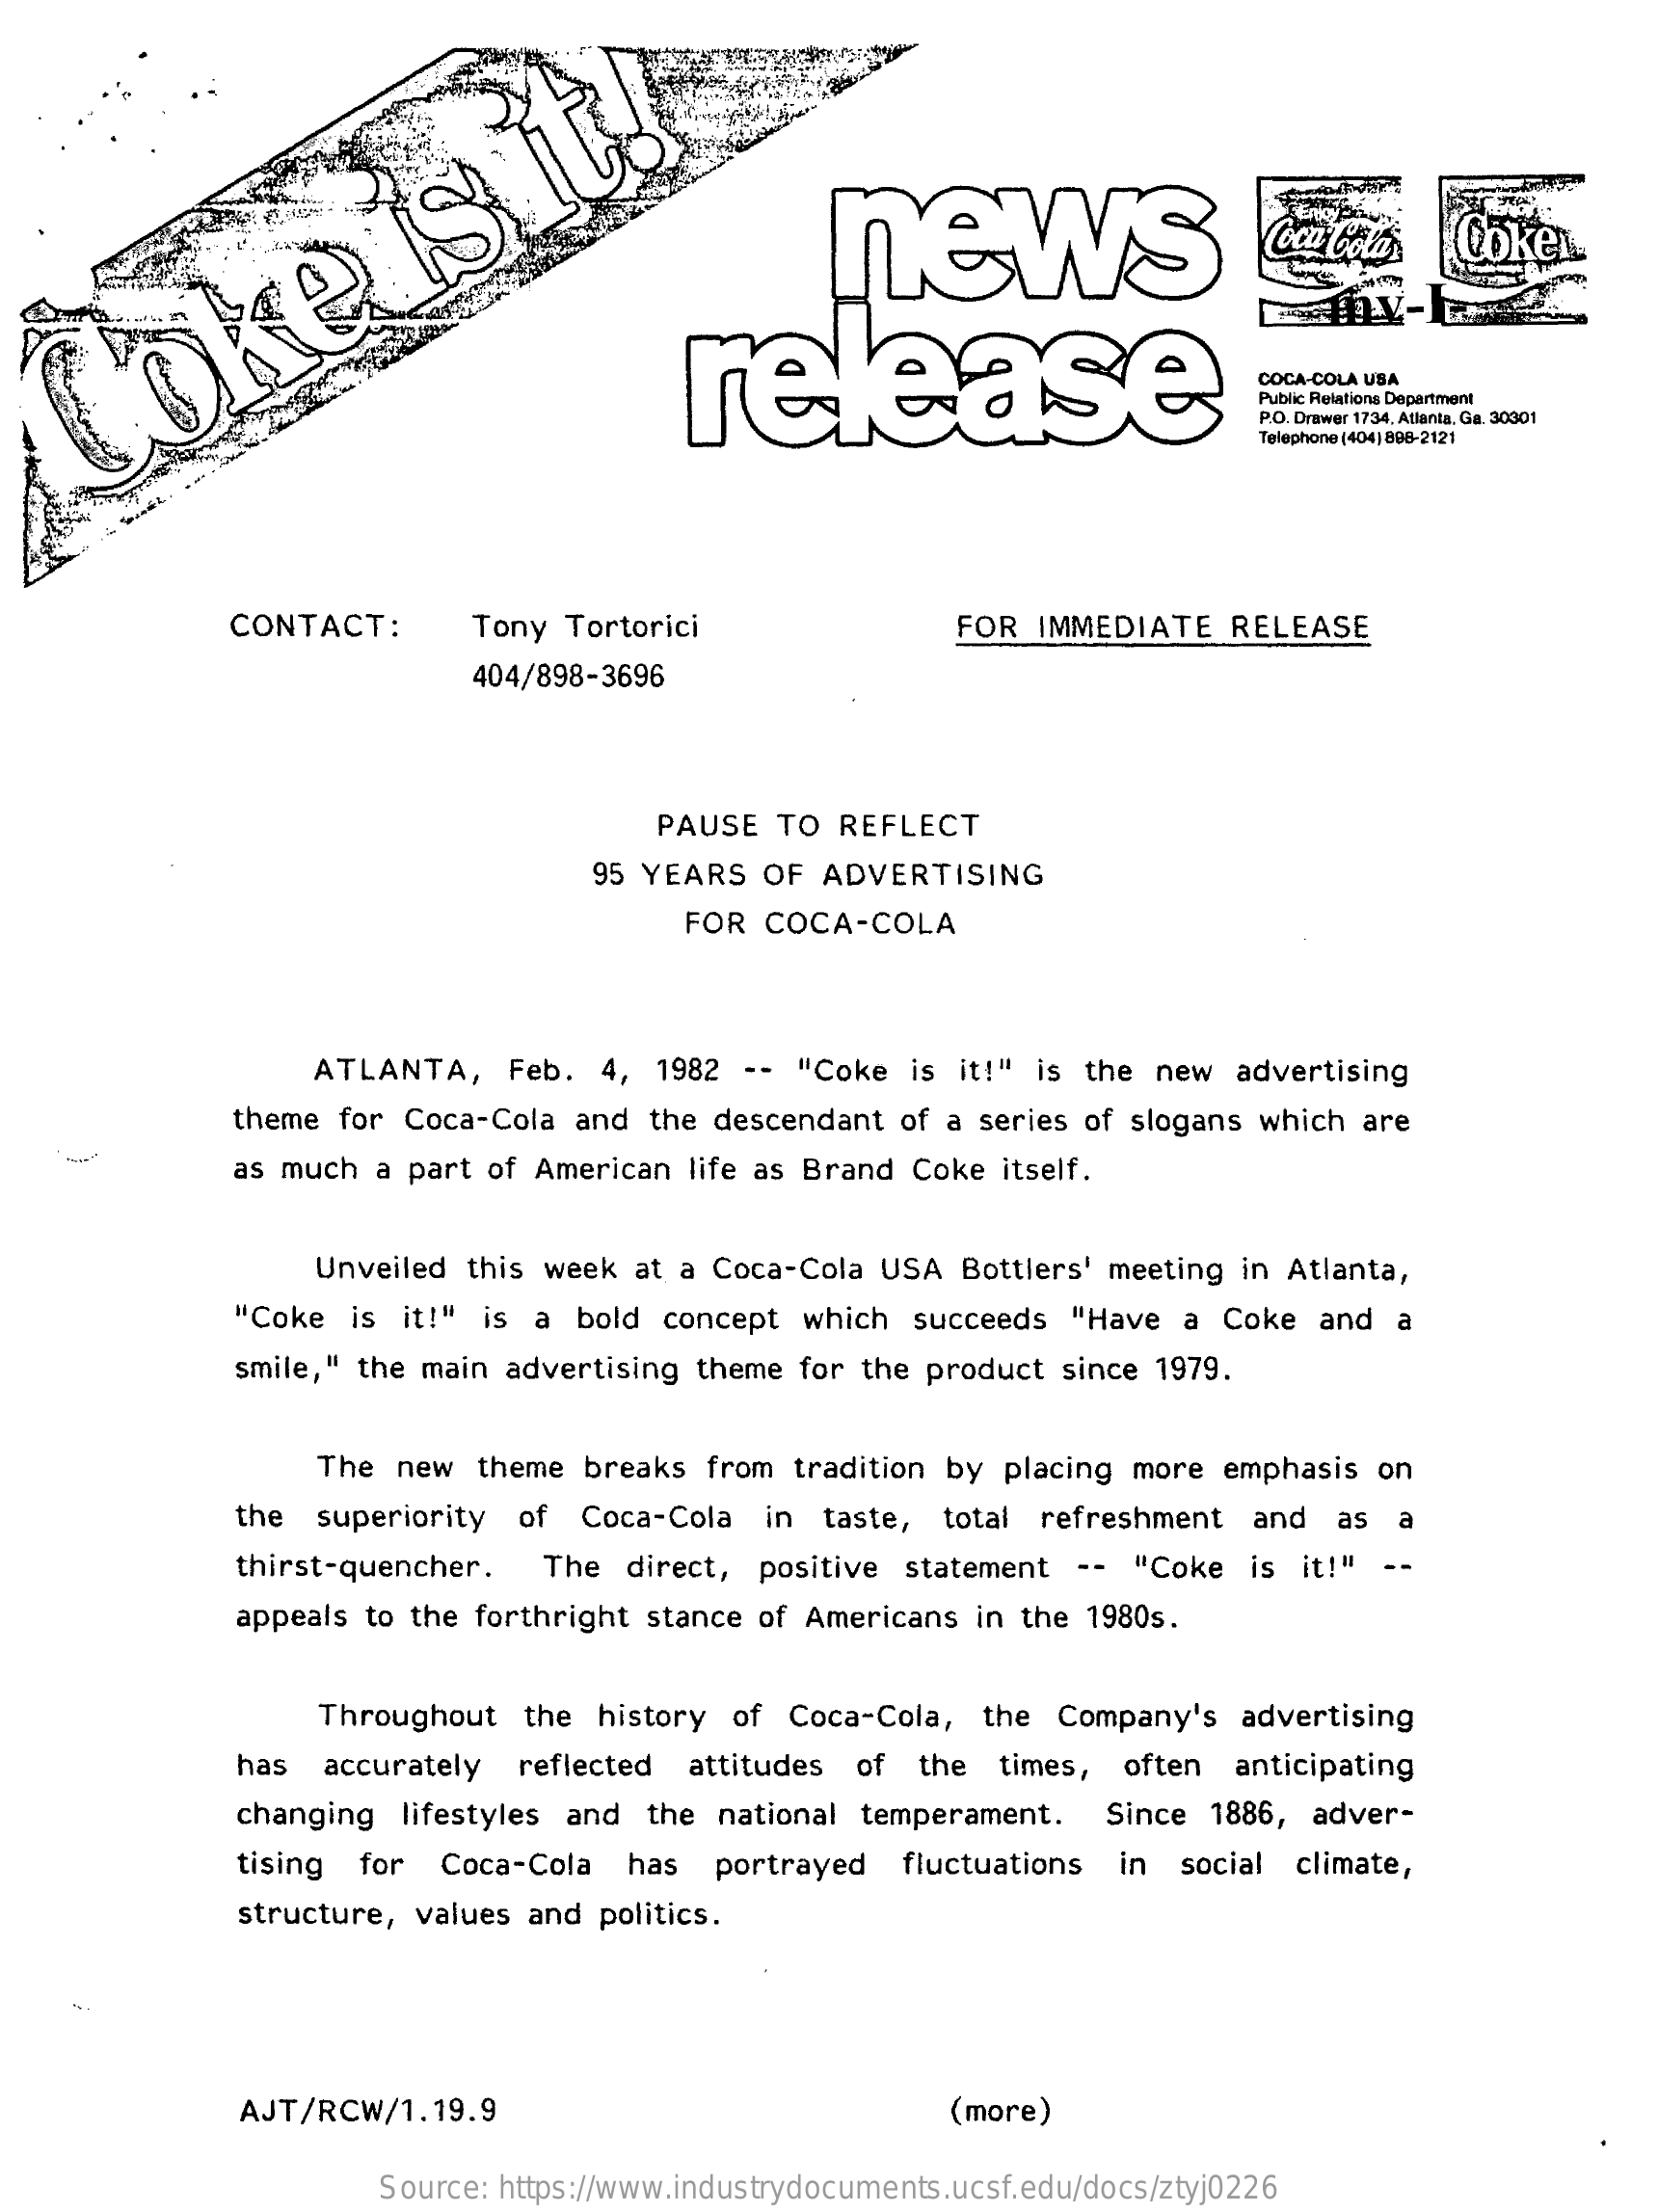
news    Coca Cola's Coke
  Coke
     is    It!
     release
     COCA-COLA USA
     Public Relations Department
     P.O. Drawer 1734, Atlanta, Ga. 30001
     Telephone (404) 898-2121
     CONTACT:    Tony Tortorici    FOR IMMEDIATE RELEASE
     404/898-3696
     PAUSE TO REFLECT
     95 YEARS OF ADVERTISING
     FOR COCA-COLA
     ATLANTA,  Feb. 4, 1982 -- "Coke is it!" is the new advertising
     theme for Coca-Cola and the descendant of a series of slogans which are
     as much a part of American life as Brand Coke itself.
     Unveiled this week at a Coca-Cola USA Bottlers' meeting in Atlanta,
     "Coke is it!" is a bold concept which succeeds "Have a Coke and a
     smile, " the main advertising theme for the product since 1979.
     The new theme breaks from tradition by placing more emphasis on
     the superiority of Coca-Cola in taste, total refreshment and as a
     thirst-quencher. The direct, positive statement -- "Coke is it!" --
     appeals to the forthright stance of Americans in the 1980s.
     Throughout the history of Coca-Cola, the Company's advertising
     has  accurately reflected attitudes of the times, often anticipating
     changing lifestyles and the national temperament. Since 1886, adver-
     tising for Coca-Cola has portrayed fluctuations in social climate,
     structure, values and politics.
     AJT/RCW/1.19.9    (more)
     Source: https://www.industrydocuments.ucsf.edu/docs/ztyj0226